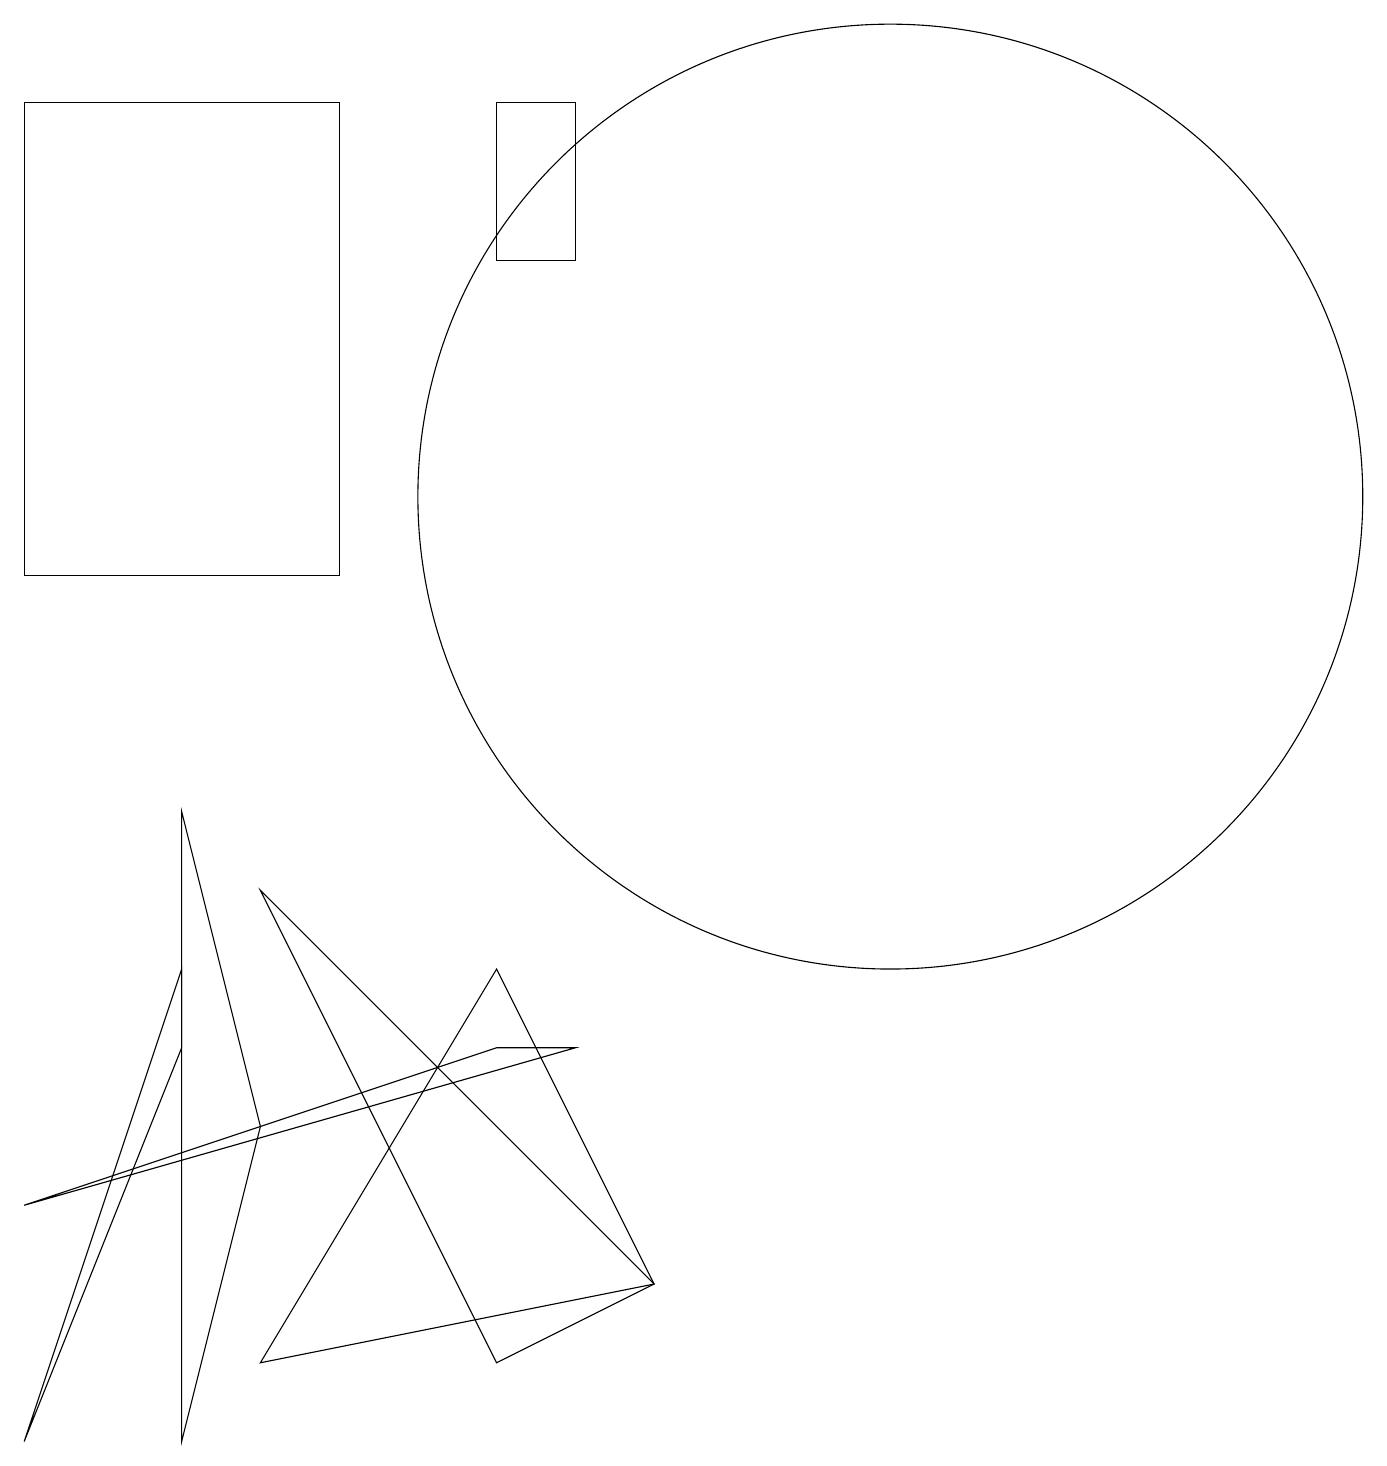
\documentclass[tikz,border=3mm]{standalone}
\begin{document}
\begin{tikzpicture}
\draw (2,5) -- (2,6) -- (0,0) -- cycle;
\draw (6,17) rectangle (7,15);
\draw (2,0) -- (3,4) -- (2,8) -- cycle;
\draw (6,1) -- (3,7) -- (8,2) -- cycle;
\draw (4,17) rectangle (0,11);
\draw (11,12) circle (6);
\draw (8,2) -- (6,6) -- (3,1) -- cycle;
\draw (7,5) -- (6,5) -- (0,3) -- cycle;
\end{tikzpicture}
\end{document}